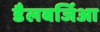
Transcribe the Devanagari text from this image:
डैलबर्जिआ